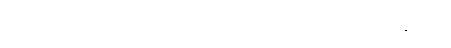
(ဃ) သသင်္ခါရပရိနိဗ္ဗာယီ - ပင်ပန်းဆင်းရဲစွာ ကိလေသ ပရိနိဗ္ဗာန်ပြုလတ္တံ့သော အနာဂါမ်။